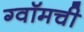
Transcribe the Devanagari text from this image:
ग्वॉमची